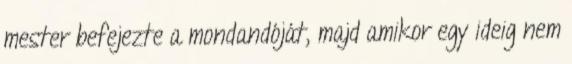
mester befejezte a mondandóját, majd amikor egy ideig nem